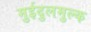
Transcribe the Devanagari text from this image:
मुईदुलमुल्क